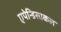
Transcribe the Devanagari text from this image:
एपेन्डिसाकल